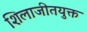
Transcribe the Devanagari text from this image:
शिलाजीतयुक्त